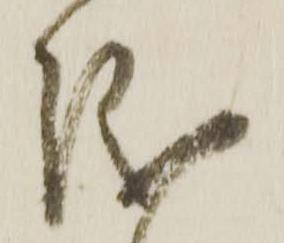
儀